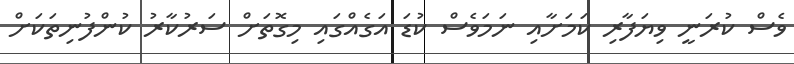
ވެސް ކުރަނީ ވިޔަފާރި ކަމަށާއި ނަމަވެސް ކުޑަ އަގެއްގައި މިގޮތަށް ސަރުކާރު ކުންފުނިތަކަށް